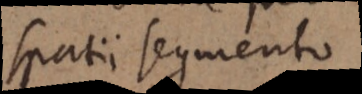
spatii segmento